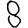
Digit: 8